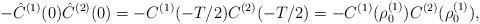
LaTeX: \begin{align*}-\hat C^{(1)}(0)\hat C^{(2)}(0) =- C^{(1)}(-T/2) C^{(2)}(-T/2) =- C^{(1)}(\rho_0^{(1)}) C^{(2)}(\rho_0^{(1)}),\end{align*}